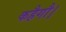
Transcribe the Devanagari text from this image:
कहैगौ।